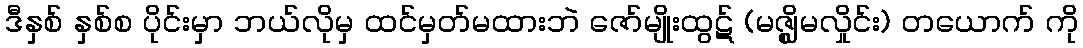
ဒီနှစ် နှစ်စ ပိုင်းမှာ ဘယ်လိုမှ ထင်မှတ်မထားဘဲ ဇော်မျိုးထွဋ် (မဇ္စ္ဈိမလှိုင်း) တယောက် ကို